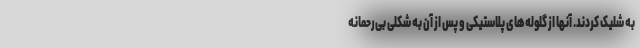
به شلیک کردند. آنها از گلوله‌های پلاستیکی و پس از آن به شکلی بی‌رحمانه